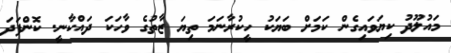
މައުލޫދު ކިޔަވައިގެން ކަމަށް ބަޔަކު ހީކުރާނަަމަ ތިޔަ ޒާތުގެ ވާހަކަ ދައްކާނީ. ކޮންފަދަ